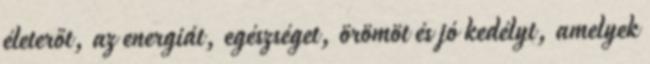
életerőt, az energiát, egészséget, örömöt és jó kedélyt, amelyek